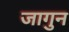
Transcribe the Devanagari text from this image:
जागुन